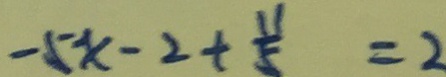
- 5 x - 2 + \frac { 1 1 } { 5 } = 2